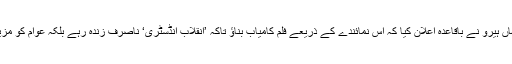
تشہیری مہم کا آخری ’پڑاﺅ‘بھکر میں کیا گیا جہاں ہیرو نے باقاعدہ اعلان کیا کہ اس نمائندے کے ذریعے فلم کامیاب بناﺅ تاکہ ’انقلاب انڈسٹری‘ ناصرف زندہ رہے بلکہ عوام کو مزید ’فلمیں‘دکھا کر ان کے حالات بہتر بھی کرے۔